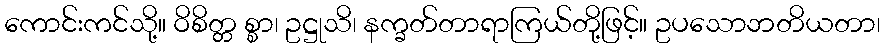
ကောင်းကင်သို့။ ဝိစိတ္တ စ္စာ၊ ဥဋ္ဌုသိ၊ နက္ခတ်တာရာကြယ်တို့ဖြင့်။ ဥပသောဘတိယတာ၊